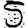
Digit: 5